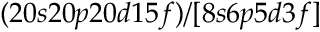
( 2 0 s 2 0 p 2 0 d 1 5 f ) / [ 8 s 6 p 5 d 3 f ]